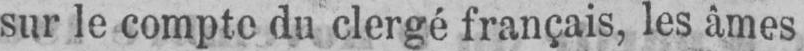
sur le compte du clergé français, les âmes